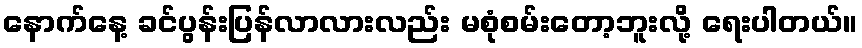
နောက်နေ့ ခင်ပွန်းပြန်လာလားလည်း မစုံစမ်းတော့ဘူးလို့ ရေးပါတယ်။